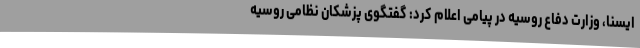
ایسنا، وزارت دفاع روسیه در پیامی اعلام کرد: گفتگوی پزشکان نظامی روسیه